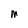
Character: M